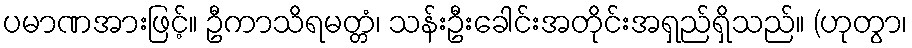
ပမာဏအားဖြင့်။ ဦကာသိရမတ္တံ၊ သန်းဦးခေါင်းအတိုင်းအရှည်ရှိသည်။ (ဟုတွာ၊